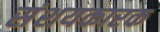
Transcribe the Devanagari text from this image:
संशयकारक